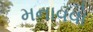
મનાવવો